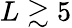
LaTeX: L\gtrsim 5